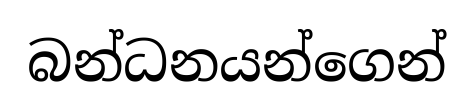
බන්ධනයන්ගෙන්